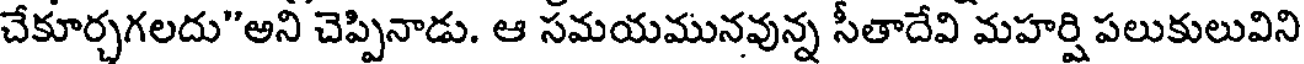
చేకూర్చగలదు"అని చెప్పినాడు. ఆ సమయమునవున్న సీతాదేవి మహర్షి పలుకులువిని